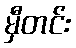
မှီတင်း